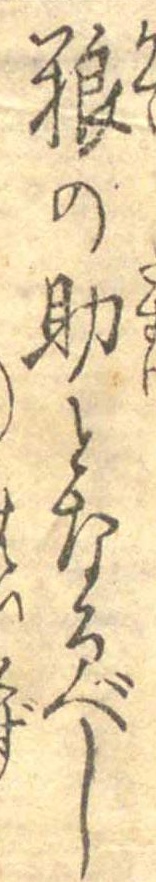
糧の助となるべし